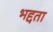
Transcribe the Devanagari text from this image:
भद्दता